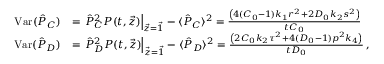
\begin{array} { r l } { \mathrm { V a r } ( \hat { P } _ { C } ) } & { = \left. \hat { P } _ { C } ^ { 2 } P ( t , \vec { z } ) \right| _ { \vec { z } = \vec { 1 } } - \langle \hat { P } _ { C } \rangle ^ { 2 } = \frac { \left( 4 ( C _ { 0 } - 1 ) k _ { 1 } r ^ { 2 } + 2 D _ { 0 } k _ { 2 } s ^ { 2 } \right) } { t C _ { 0 } } } \\ { \mathrm { V a r } ( \hat { P } _ { D } ) } & { = \left. \hat { P } _ { D } ^ { 2 } P ( t , \vec { z } ) \right| _ { \vec { z } = \vec { 1 } } - \langle \hat { P } _ { D } \rangle ^ { 2 } = \frac { \left( 2 C _ { 0 } k _ { 2 } \tau ^ { 2 } + 4 ( D _ { 0 } - 1 ) p ^ { 2 } k _ { 4 } \right) } { t D _ { 0 } } \, , } \end{array}